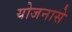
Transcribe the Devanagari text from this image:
योजनासे